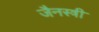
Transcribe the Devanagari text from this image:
जैनस्त्री